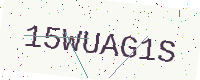
Text: 15WUAG1S